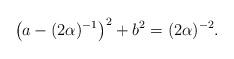
LaTeX: \begin{align*} \big(a-(2\alpha)^{-1}\big)^2+ b^2=(2\alpha)^{-2}. \end{align*}